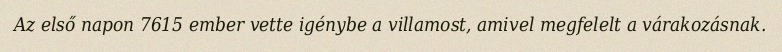
Az első napon 7615 ember vette igénybe a villamost, amivel megfelelt a várakozásnak.